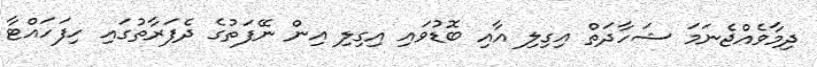
ދިމާވެއްޖެނަމަ ޝަހާދަތް އިގިލި އާއި ބޮޑުވައި އިގިލި އިން ނޭފަތުގެ ދެފަރާތުގައި ހިފަހައްޓާ